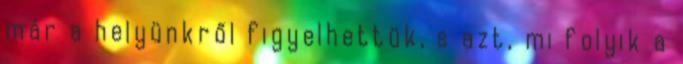
már a helyünkről figyelhettük, s azt, mi folyik a